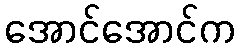
အောင်အောင်က